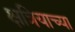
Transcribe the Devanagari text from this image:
क्षत्रियाच्या